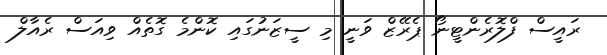
ރައީސް ފްލޮރެންޓީނޯ ޕެރޭޒް ވަނީ މި ސީޒަނުގައި ކޮންމެ ގޮތެއް ވިއަސް ރެއާލް